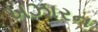
ખઝારન